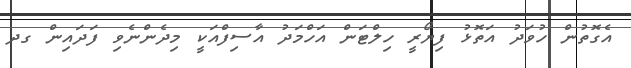
އެގޮތުން ހުވަދު އަތޮޅު ފިޔޯރީ ހިލްޓަން އަހްމަދު އާސިފްއަކީ މިދެންނެވި ފަދައިން ގދ